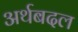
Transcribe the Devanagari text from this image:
अर्थबदल